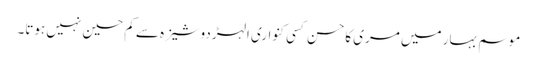
موسم بہار میں مری کاحسن کسی کنواری الہڑ دوشیزہ سے کم حسین نہیں ہوتا۔